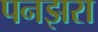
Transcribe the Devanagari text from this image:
पनझरा